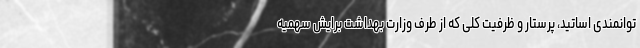
توانمندی اساتید، پرستار و ظرفیت کلی که از طرف وزارت بهداشت برایش سهمیه